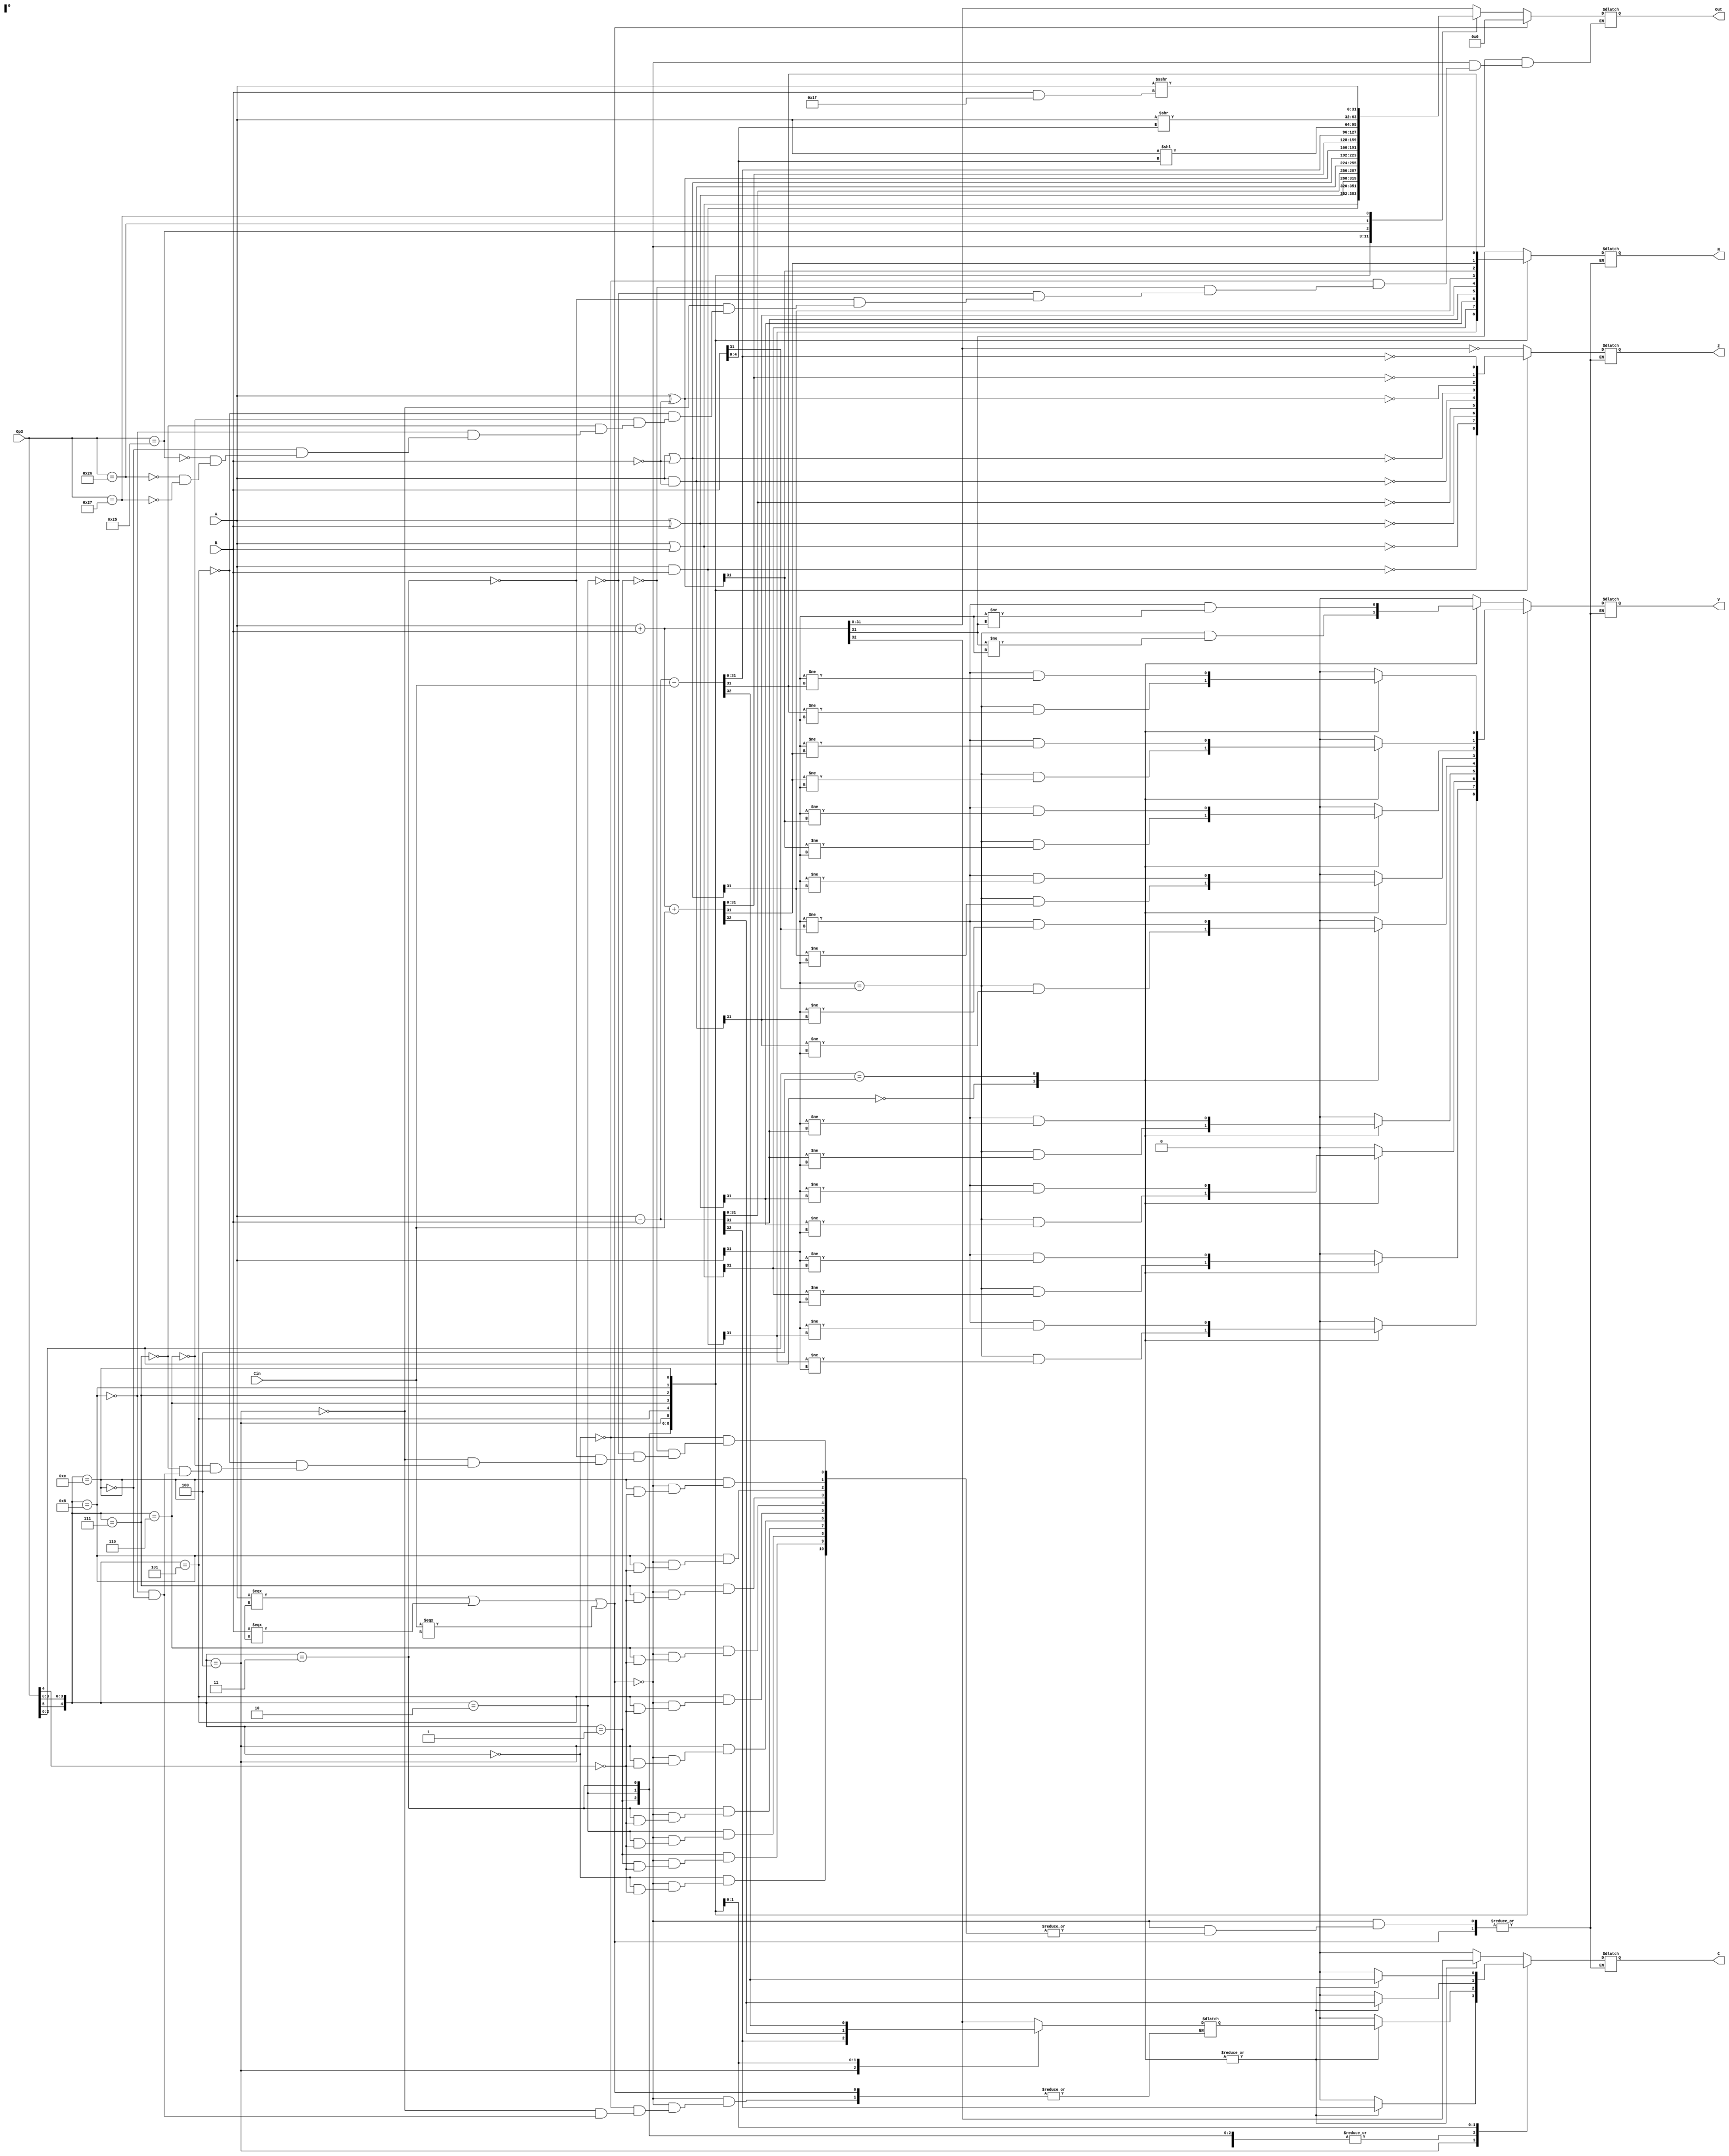
				
//-PARAMETERS-//
//	Out	: 32-bit bus output for operation out 					
//	N	: 1-bit output status for Negative Flag			
//	Z	: 1-bit output status for Zero Flag				
//	V	: 1-bit output status for Overflow Flag								
//	C	: 1-bit output status for Carry Flag												
//	Op3	: 6-bit input bus which serves as OpCode (op3)							
//	A	: 32-bit input bus that serves as rs1								
//	B	: 32-bit input bus that serves as rs2 or simm13						
// 	Cin	: 1-bit input carry										
//---//

module ALU(output reg [31:0]Out, output reg N, Z, V, C, input [5:0]Op3, input [31:0]A, input [31:0]B, input Cin);

	reg carry;		// Outs carry

	always @(Op3, A, B, Cin)
		begin
			if(A === 32'hxxxxxxxx || B === 32'hxxxxxxxx || Cin === 1'bx)
				begin
					Out = 32'h00000000;
				end
			else

				casex(Op3)						// if Op3[4] == 1 then condition codes are affected 
					
					6'b0?0000:					// add & addcc 
						begin
							{carry, Out} = A + B;
							if(Op3[4])
								updateFlags();
						end

					6'b0?0001:					// and & andcc
						begin
							Out = A & B;
							if(Op3[4])
								updateFlags();
						end

					6'b0?0010:					// or & orcc
						begin
							Out = A | B;
							if(Op3[4])
								updateFlags();
						end

					6'b0?0011:					// xor & xorcc	
						begin
							Out = A ^ B;
							if(Op3[4])
								updateFlags();
						end

					6'b0?0100:					// sub & subcc					
						begin
							{carry, Out} = A - B;
							if(Op3[4])
								updateFlags();
						end

					6'b0?0101:					// andn & andncc
						begin
							Out = A & ~B; 
							if(Op3[4])
								updateFlags();
						end

					6'b0?0110:					// orn & orncc
						begin
							Out = A | ~B; 
							if(Op3[4])
								updateFlags();
						end
	
					6'b0?0111:					// xorn & xorncc
						begin
							Out = A ^ ~B;
							if(Op3[4])
								updateFlags();
						end

					6'b0?1000:					// addx & addxcc
						begin	
							{carry, Out} = A + B + Cin;
							if(Op3[4])
								updateFlags();
						end

					6'b0?1100:					// subx & subxcc
						begin
							{carry, Out} = A - B - Cin;
							if(Op3[4])
								updateFlags();
						end

					6'b100101:
						Out = (A << B[4:0]);
							
					6'b100110:	
						Out = (A >> B[4:0]);		

					6'b100111:
						Out = $signed(A) >>> (B & 32'h0000001F);
				
				endcase
		end


	// Task for updating the condition codes
	task updateFlags;
		begin
			casex(Op3)
				6'b???000: 					// add operation
					begin
						Z = (Out == 0);
						N = Out[31];
						C = carry;
						V = ((A[31] == B[31]) && (Out[31] != A[31]));
					end

				6'b???100:					// sub operation
					begin
						Z = (Out == 0);
						N = Out[31];
						C = carry;
						V = ((A[31] != B[31]) && (A[31] != Out[31]));
					end
				
				default:					// logical operation
					begin
						Z = (Out == 0);
						N = Out[31];
						C = 0;
						V = 0;
					end

			endcase
		end
	endtask		
endmodule